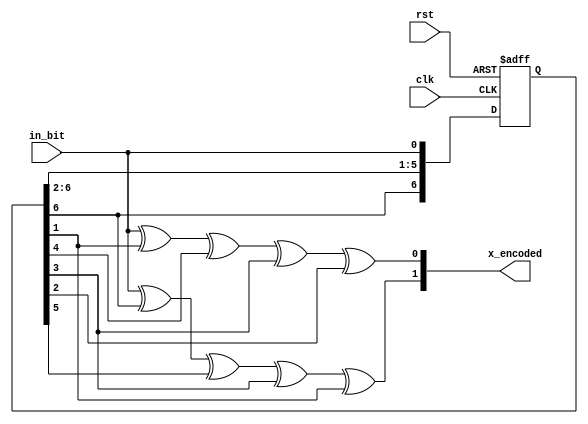
//We work with 1/2 Code rate. 

module encoder(input clk, input rst, input in_bit, output [1:0] x_encoded);

reg [6:0] state;


    //Odd bit
    assign x_encoded[1] = in_bit ^ state[6] ^ state[5] ^ state[3] ^ state[1];
    //Even bit
    assign x_encoded[0] = in_bit ^ state[1] ^ state[4] ^ state[3] ^ state[2];

always @ (posedge clk, negedge rst) begin
	if(~rst) begin
		state <= 7'd0;
	end
	else begin
			state[5:0] <= state[6:1];
			state[0] <= in_bit;
		end
	end
endmodule